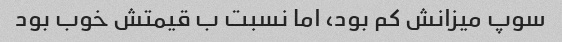
سوپ میزانش کم بود، اما نسبت ب قیمتش خوب بود